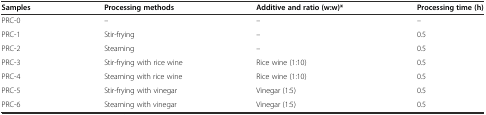
<table><thead><tr><td><b>Samples</b></td><td><b>Processing methods</b></td><td><b>Additive and ratio (w:w)*</b></td><td><b>Processing time (h)</b></td></tr></thead><tbody><tr><td>PRC-0</td><td>–</td><td>–</td><td>–</td></tr><tr><td>PRC-1</td><td>Stir-frying</td><td>–</td><td>0.5</td></tr><tr><td>PRC-2</td><td>Steaming</td><td>–</td><td>0.5</td></tr><tr><td>PRC-3</td><td>Stir-frying with rice wine</td><td>Rice wine (1:10)</td><td>0.5</td></tr><tr><td>PRC-4</td><td>Steaming with rice wine</td><td>Rice wine (1:10)</td><td>0.5</td></tr><tr><td>PRC-5</td><td>Stir-frying with vinegar</td><td>Vinegar (1:5)</td><td>0.5</td></tr><tr><td>PRC-6</td><td>Steaming with vinegar</td><td>Vinegar (1:5)</td><td>0.5</td></tr></tbody></table>